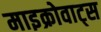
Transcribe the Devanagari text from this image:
माइक्रोवाट्स